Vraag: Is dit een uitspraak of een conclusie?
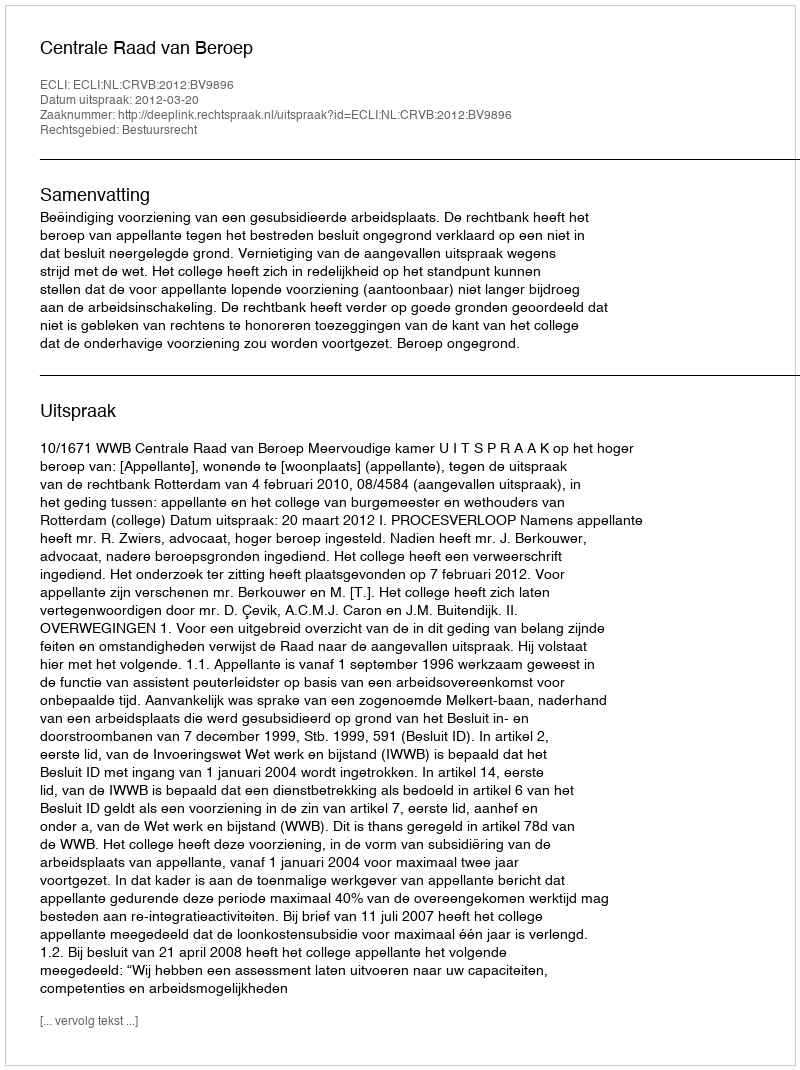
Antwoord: Uitspraak